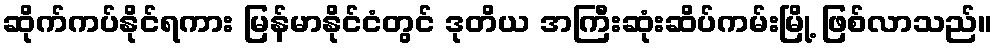
ဆိုက်ကပ်နိုင်ရကား မြန်မာနိုင်ငံတွင် ဒုတိယ အကြီးဆုံးဆိပ်ကမ်းမြို့ ဖြစ်လာသည်။